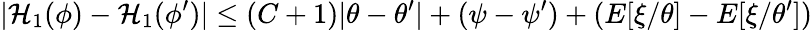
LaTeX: |\mathcal{H}_{1}(\phi)-\mathcal{H}_{1}(\phi^{\prime})|\le(C+1)|\theta-\theta^{\prime}|+(\psi-\psi^{\prime})+(E[\xi/\theta]-E[\xi/\theta^{\prime}])